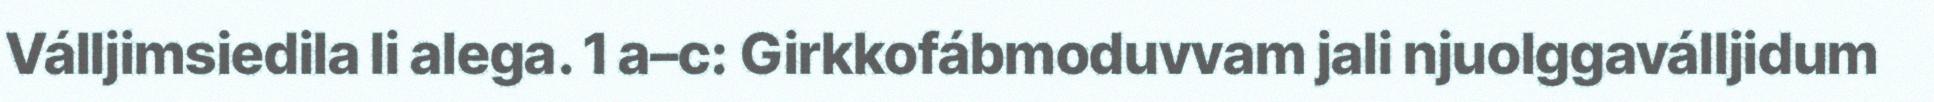
Válljimsiedila li alega. 1 a–c: Girkkofábmoduvvam jali njuolggaválljidum